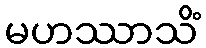
မဟဿာသိံ